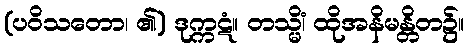
(ပဝိသတော၊ ၏) ဒုက္ကဋံ။ တသ္မိံ၊ ထိုအနိမန္တိတ၌။